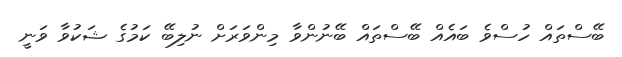
ބޭސްތައް ހުސްވެ ބައެއް ބޭސްތައް ބޭނުންވާ މިންވަރަށް ނުލިބޭ ކަމުގެ ޝަކުވާ ވަނީ